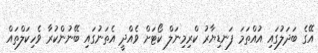
އޭގެ ބަދަލުގައި އުއްތަމަ ފަނޑިޔާރު ކްރިމިނަލް ކޯޓަށް ވެއްދީ އެތަނުގައި ބޭނުންކުރާ ވެހިކަލްތައް